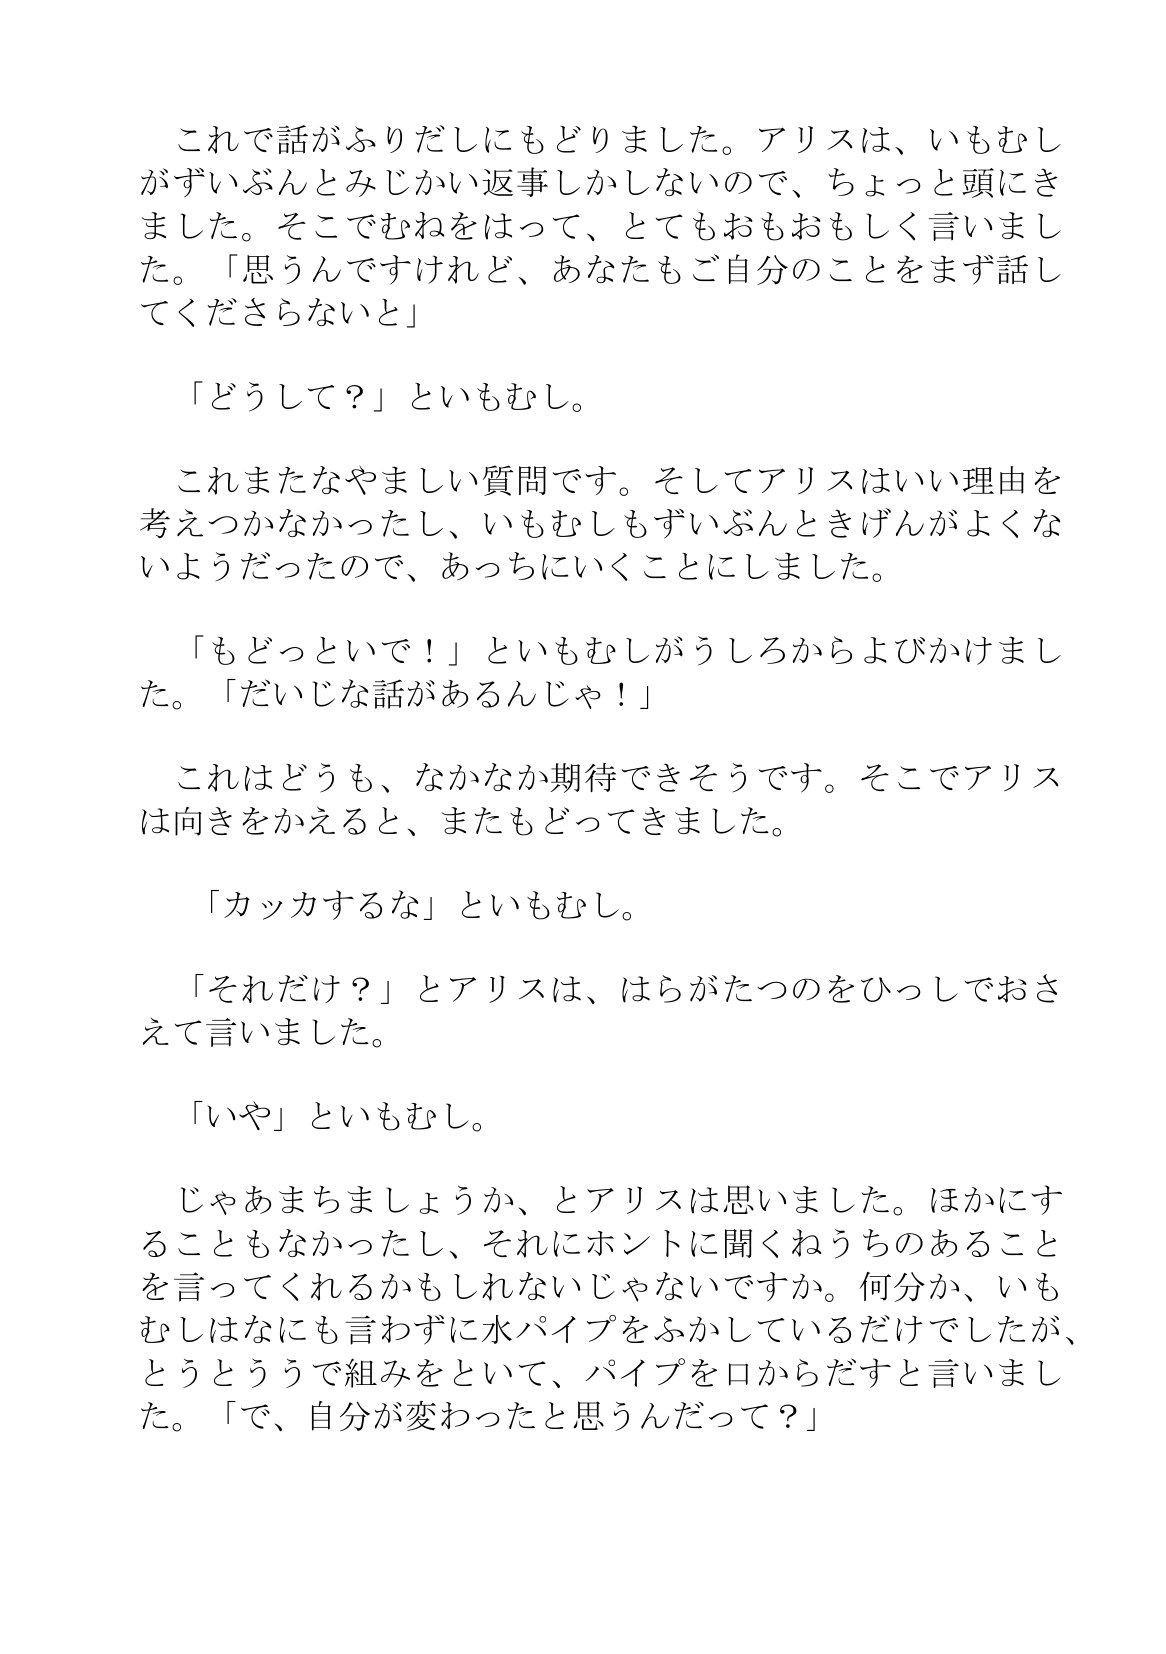
Language: ja